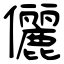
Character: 儷